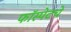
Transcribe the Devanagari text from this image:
फॉस्पेटचे